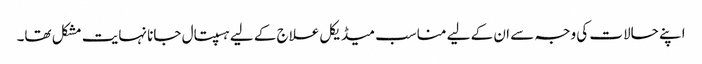
اپنے حالات کی وجہ سے ان کے لیے مناسب میڈیکل علاج کے لیے ہسپتال جانا نہایت مشکل تھا۔